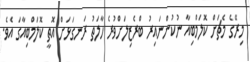
މިރޭގެ މެޗަށް ކޮލަމްބިއާ ނުކުންނައިރު ބްރެޒިލަށްވުރެ ހާލަތު ރަނގަޅަށް އޮތީ ކޮލަމްބިއާގަ އެވެ.